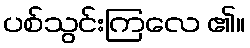
ပစ်သွင်းကြလေ ၏။